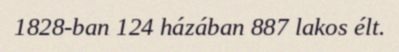
1828-ban 124 házában 887 lakos élt.